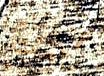
عمليات